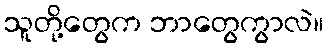
သူတို့တွေက ဘာတွေကွာလဲ။